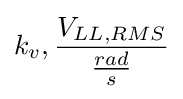
k_{v},{\frac {V_{LL,RMS}}{\frac {rad}{s}}}